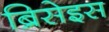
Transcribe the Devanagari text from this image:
ब्रिसेइस